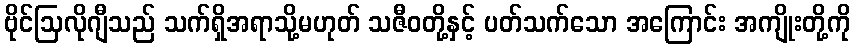
ဗိုင်ဩလိုဂျီသည် သက်ရှိအရာသို့မဟုတ် သဇီဝတို့နှင့် ပတ်သက်သော အကြောင်း အကျိုးတို့ကို